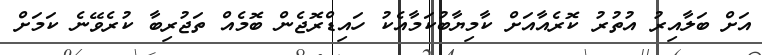
އަށް ބަލާއިރު އުތުރު ކޮރެއާއަށް ކާމިޔާބުކަމާއެކު ހައިޑްރޮޖެން ބޮމެއް ތަޖުރިބާ ކުރެވޭނެ ކަމަށް